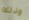
وذلك